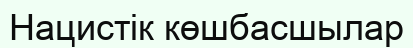
Нацистік көшбасшылар